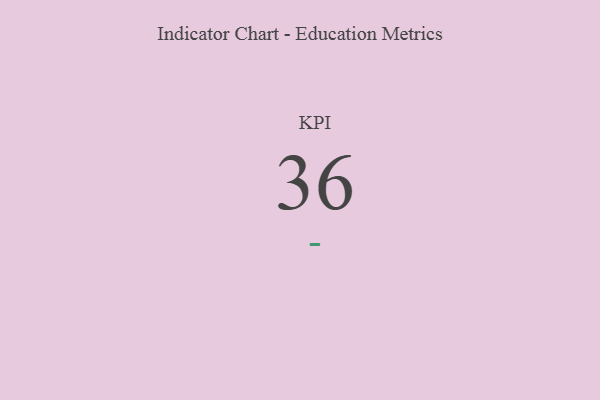
{"axis": {"x": "KPI", "y": "Value"}, "legend": [""], "data": [{"x": "KPI", "y": 36, "type": ""}]}